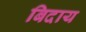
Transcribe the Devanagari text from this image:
बिदाय